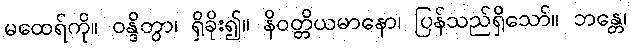
မထေရ်ကို။ ဝန္ဒိတွာ၊ ရှိခိုး၍။ နိဝတ္တိယမာနော၊ ပြန်သည်ရှိသော်။ ဘန္တေ၊